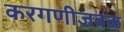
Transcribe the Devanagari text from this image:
करगणीजवळ